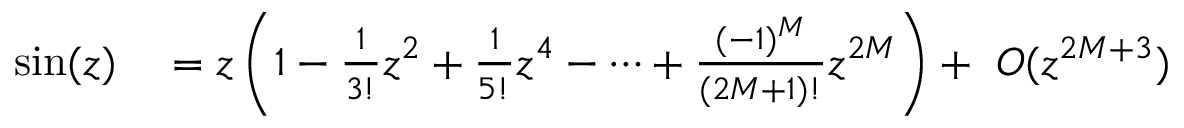
\begin{array} { r l } { \sin ( z ) } & { { } = z \left( 1 - \frac { 1 } { 3 ! } z ^ { 2 } + \frac { 1 } { 5 ! } z ^ { 4 } - \cdots + \frac { ( - 1 ) ^ { M } } { ( 2 M + 1 ) ! } z ^ { 2 M } \right) + ~ { \cal O } ( z ^ { 2 M + 3 } ) } \end{array}